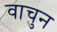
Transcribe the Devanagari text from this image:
वाचुन